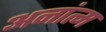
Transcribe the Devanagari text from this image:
अनांत्म